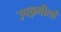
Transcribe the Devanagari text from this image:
उपक़बीलों